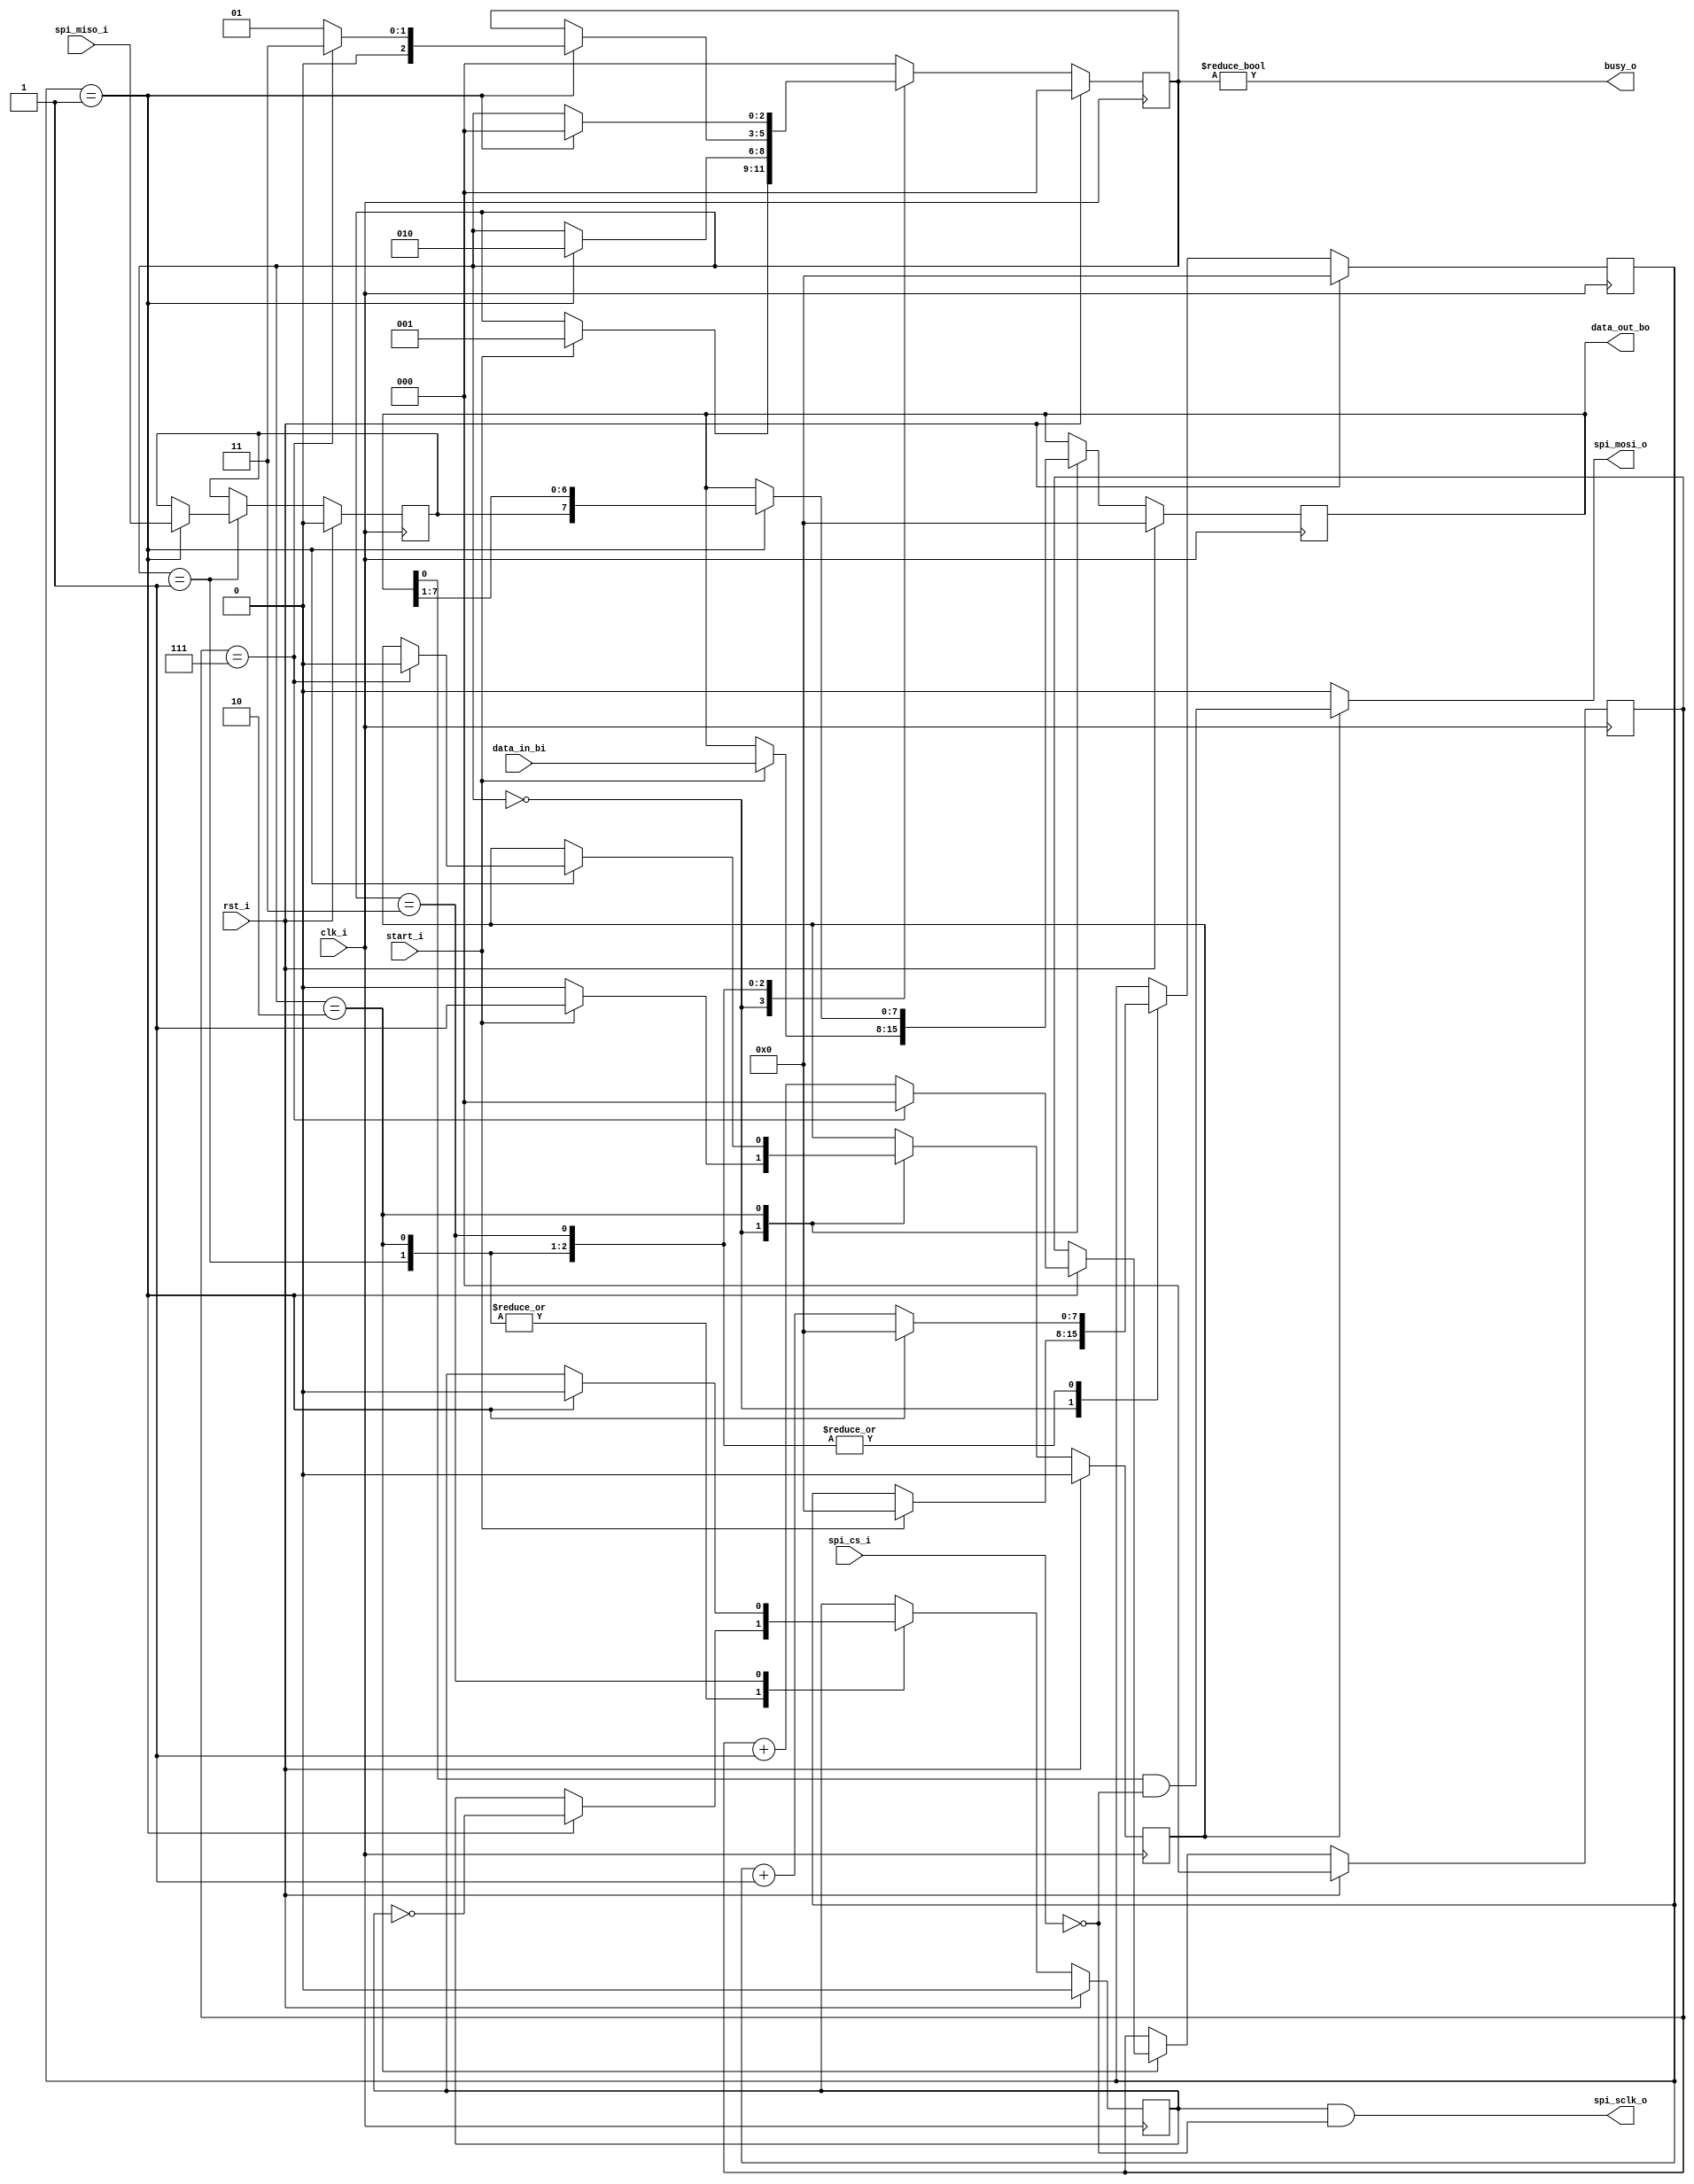
`timescale 100ps/1ps
//////////////////////////////////////////////////////////////////////////////////
// Simple SPI master controller with CPOL=0, CPHA=0
//////////////////////////////////////////////////////////////////////////////////

module spi_master_driver(
    input             clk_i,
    input             rst_i,
    
    // system interface
    input             start_i,     // signal to start transaction
    input       [7:0] data_in_bi,  // data that master will write to slave
    output reg        busy_o,      // transaction is being processed
    output reg  [7:0] data_out_bo, // data recevied from slave in last transaction
    
    // SPI interface
    input             spi_cs_i,
    input             spi_miso_i,
    output reg        spi_mosi_o,
    output reg        spi_sclk_o
    );

    localparam CLK_NOPS = 1;

    reg   in_progress;
    reg   [2:0] counter;
    reg   [7:0] clk_div;
    reg   clk_div_pulse;
    reg   [7:0] shiftreg;
    reg         bit_buffer;
    
    localparam STATE_IDLE              = 0; // wait for transaction begin
    localparam STATE_WAIT_SCLK_1       = 1; // wait for SCLK to become 1
    localparam STATE_WAIT_SCLK_0       = 2; // wait for SCLK to become 0
    localparam STATE_WAIT_IDLE         = 3; // wait one SCLK and swith to idle
    
    reg   [2:0] state;
    
    always @(posedge clk_i) begin
        if (rst_i) begin
            counter     <= 0;
            shiftreg    <= 0;
            bit_buffer  <= 0;
            in_progress <= 0;
            clk_div     <= 0;
            clk_div_pulse <= 0;
            state       <= STATE_IDLE; 
        end 
        else begin
            case (state)
                STATE_IDLE: begin
                    if (start_i) begin
                        in_progress = 1;
                        shiftreg <= data_in_bi;
                        state <= STATE_WAIT_SCLK_1;
                        clk_div <= 0;
                    end else begin 
                        in_progress = 0;
                    end
                end
                STATE_WAIT_SCLK_1: begin
                    if (clk_div == CLK_NOPS) begin
                        bit_buffer <= spi_miso_i;
                        state <= STATE_WAIT_SCLK_0;
                        clk_div <= 0;
                        clk_div_pulse <= ~clk_div_pulse;
                    end else begin
                        clk_div <= clk_div + 1;
                    end
                end
                STATE_WAIT_SCLK_0: begin
                    if (clk_div == CLK_NOPS) begin
                        shiftreg <= { bit_buffer, shiftreg[7:1] };
                        if (counter == 7) begin
                            in_progress <= 0;
                            state <= STATE_WAIT_IDLE;
                            counter <= 0;
                        end else begin
                            state <= STATE_WAIT_SCLK_1;
                            counter <= counter + 1;
                        end
                        clk_div <= 0;
                        clk_div_pulse <= ~clk_div_pulse;
                    end else begin
                        clk_div <= clk_div + 1;
                    end
                end
                STATE_WAIT_IDLE: begin
                    if (clk_div == CLK_NOPS) begin
                        state <= STATE_IDLE;
                        clk_div <= 0;
                        clk_div_pulse <= 0;
                    end else begin
                        clk_div <= clk_div + 1;
                    end
                end
                default: begin
                    state <= STATE_IDLE;
                end
            endcase
        end
    end
        
    always @* begin
        busy_o      = (state != STATE_IDLE);
        data_out_bo = shiftreg;
        spi_sclk_o  = clk_div_pulse && !spi_cs_i;
        if (in_progress)
            spi_mosi_o  = shiftreg[0] && !spi_cs_i;
        else
            spi_mosi_o  = 0;
    end

endmodule